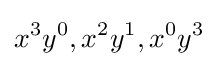
x^{3}y^{0},x^{2}y^{1},x^{0}y^{3}